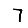
Digit: 7